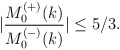
\begin{align*}|\frac{M^{(+)}_0(k)}{M^{(-)}_0(k)}|\leq 5/3.\end{align*}